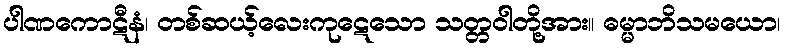
ပါဏကောဋီနံ၊ တစ်ဆယ့်လေးကုဋေသော သတ္တဝါတို့အား။ ဓမ္မာဘိသမယော၊